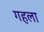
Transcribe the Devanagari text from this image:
गहला